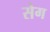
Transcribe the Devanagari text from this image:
सेग